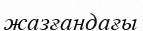
жазғандағы